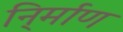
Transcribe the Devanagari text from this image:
नि्र्माण